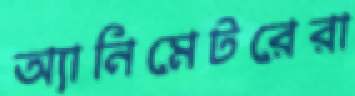
অ্যানিমেটরেরা